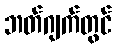
ဘတ်ဂျက်တွင်